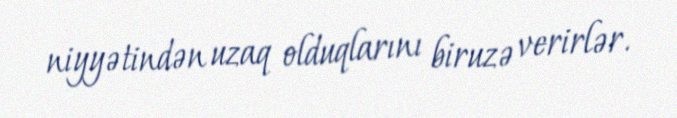
niyyətindən uzaq olduqlarını biruzə verirlər.